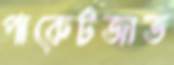
পাকেটজাত